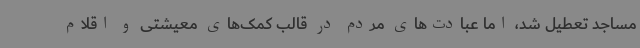
مساجد تعطیل شد، اما عبادت‌های مردم در قالب کمک‌های معیشتی و اقلام